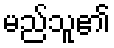
မည်သူ၏